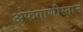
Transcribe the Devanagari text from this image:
अफगाणीस्तान